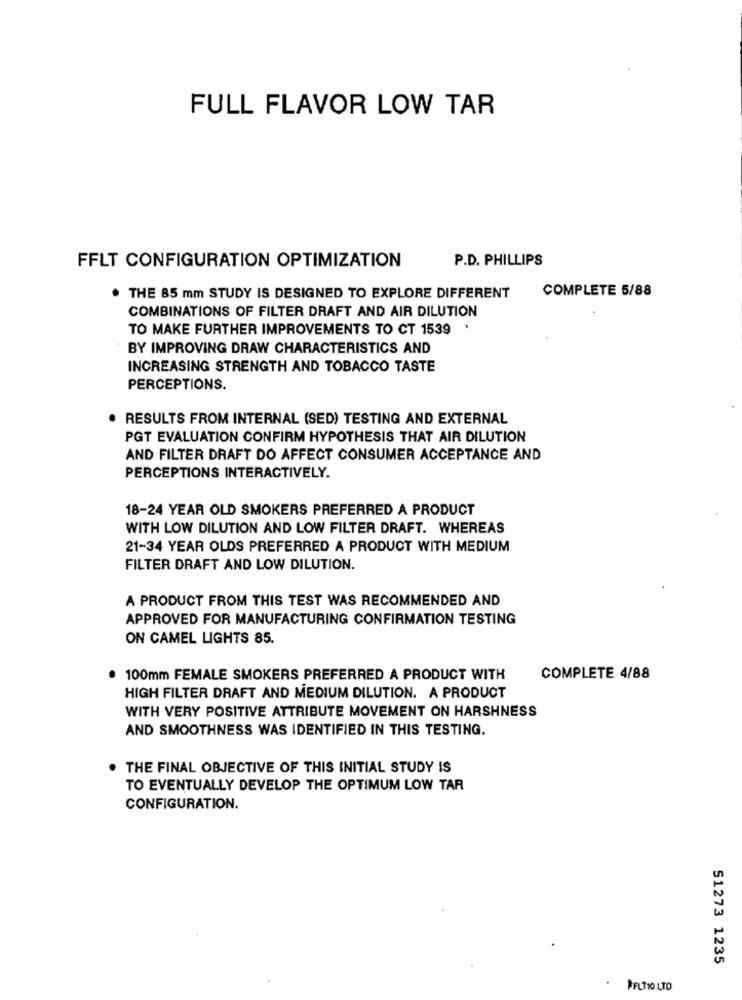
FULL FLAVOR LOW TAR
P.D. PHILLIPS
FFLT CONFIGURATION OPTIMIZATION
COMPLETE 5/88
. THE 85 mm STUDY IS DESIGNED TO EXPLORE DIFFERENT
COMBINATIONS OF FILTER DRAFT AND AIR DILUTION
TO MAKE FURTHER IMPROVEMENTS TO CT 1539 .
BY IMPROVING DRAW CHARACTERISTICS AND
INCREASING STRENGTH AND TOBACCO TASTE
PERCEPTIONS.
RESULTS FROM INTERNAL (SED) TESTING AND EXTERNAL
PGT EVALUATION CONFIRM HYPOTHESIS THAT AIR DILUTION
AND FILTER DRAFT DO AFFECT CONSUMER ACCEPTANCE AND
PERCEPTIONS INTERACTIVELY.
18-24 YEAR OLD SMOKERS PREFERRED A PRODUCT
WITH LOW DILUTION AND LOW FILTER DRAFT. WHEREAS
21-34 YEAR OLDS PREFERRED A PRODUCT WITH MEDIUM
FILTER DRAFT AND LOW DILUTION.
A PRODUCT FROM THIS TEST WAS RECOMMENDED AND
APPROVED FOR MANUFACTURING CONFIRMATION TESTING
ON CAMEL LIGHTS 85.
100mm FEMALE SMOKERS PREFERRED A PRODUCT WITH
COMPLETE 4/88
HIGH FILTER DRAFT AND MEDIUM DILUTION. A PRODUCT
WITH VERY POSITIVE ATTRIBUTE MOVEMENT ON HARSHNESS
AND SMOOTHNESS WAS IDENTIFIED IN THIS TESTING.
THE FINAL OBJECTIVE OF THIS INITIAL STUDY IS
TO EVENTUALLY DEVELOP THE OPTIMUM LOW TAR
CONFIGURATION.
51273 1235
.
PFLTIO LTO